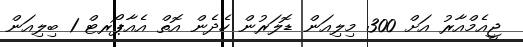
ޖީއެމްއާރު އަށް 300 މިލިއަން ޑޮލަރުން ހެދެން އޮތް އެއާޕޯރޓް 1 ބިލިއަން